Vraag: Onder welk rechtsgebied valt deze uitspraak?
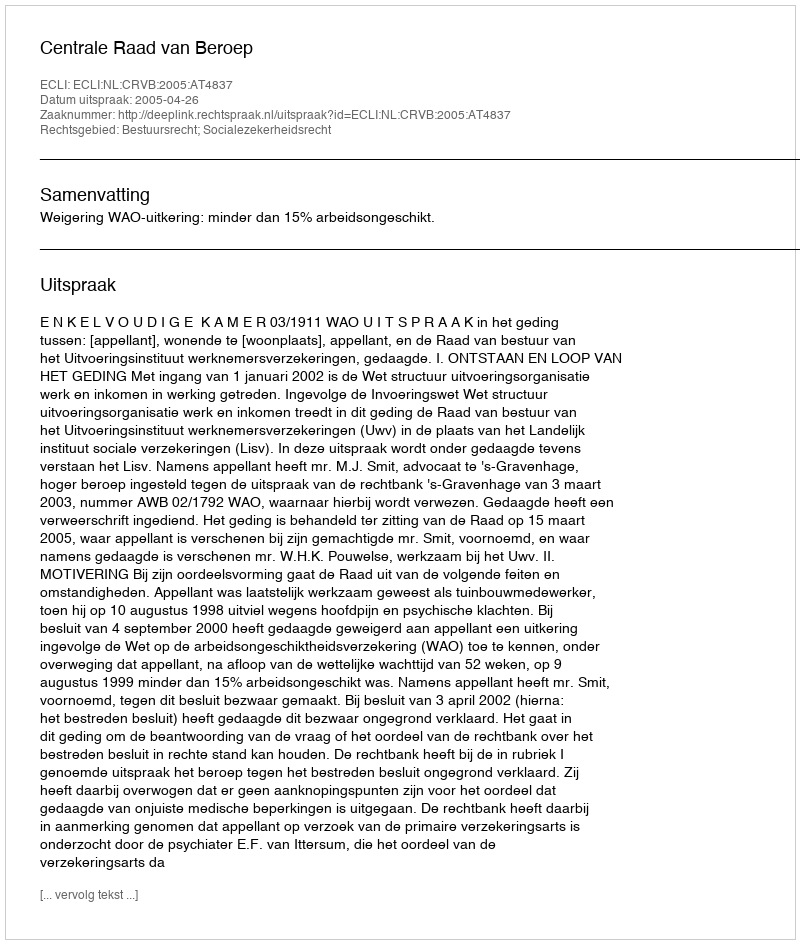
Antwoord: Bestuursrecht; Socialezekerheidsrecht